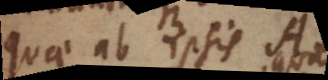
quae ab ipsis A